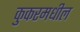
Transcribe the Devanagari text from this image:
कुकरमधील